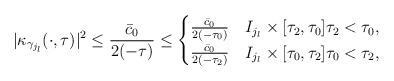
LaTeX: \begin{align*} |\kappa_{\gamma_{j_l}}(\cdot,\tau)|^2\leq \frac{\bar c_0}{2 (-\tau)}\leq\begin{cases} \frac{\bar c_0}{2 (-\tau_0)} & I_{j_l}\times [\tau_2,\tau_0] \tau_2<\tau_0,\\ \frac{\bar c_0}{2 (-\tau_2)} & I_{j_l}\times [\tau_0,\tau_2] \tau_0<\tau_2,\\ \end{cases} \end{align*}